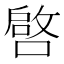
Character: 𱔐